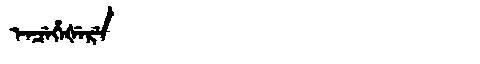
Manchu: ᡝᠨᠴᡝᡥᡝᡧᡝᡵᡝ
Romanization: ENCEHEŠERE